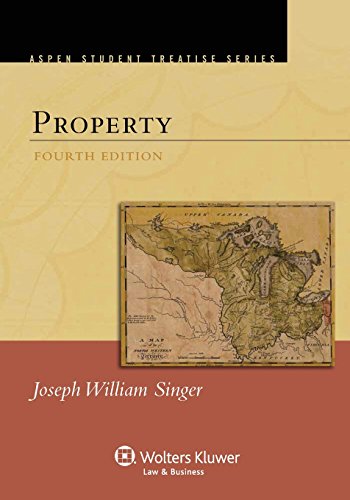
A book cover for Property, Fourth Edition (Aspen Treatise); Joseph William Singer; Law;